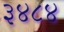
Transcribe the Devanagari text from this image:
३४८४